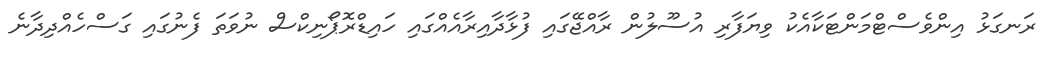
ރަނގަޅު އިންވެސްޓްމަންޓަކާއެކު ވިޔަފާރި އުސޫލުން ރާއްޖޭގައި ފުޅާދާއިރާއެއްގައި ހައިޑްރޮޕޯނިކްސް ނުވަތަ ފެނުގައި ގަސްހެއްދިދާނެ